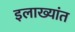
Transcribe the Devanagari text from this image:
इलाख्यांत